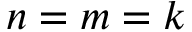
n = m = k